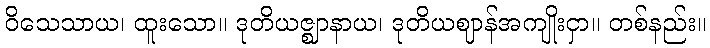
ဝိသေသာယ၊ ထူးသော။ ဒုတိယဇ္ဈာနာယ၊ ဒုတိယဈာန်အကျိုးငှာ။ တစ်နည်း။